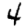
Digit: 4